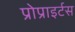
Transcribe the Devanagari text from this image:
प्रोप्राइर्टस